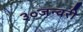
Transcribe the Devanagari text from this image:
३०जन्वरी